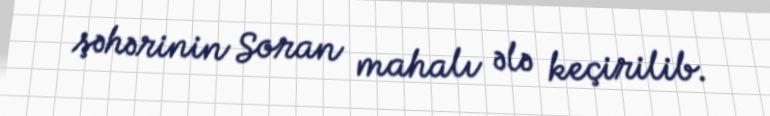
şəhərinin Soran mahalı ələ keçirilib.